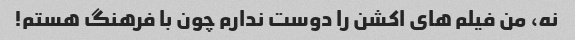
نه، من فیلم های اکشن را دوست ندارم چون با فرهنگ هستم!